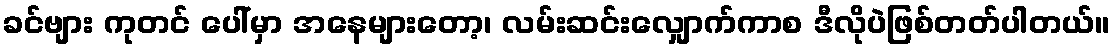
ခင်ဗျား ကုတင် ပေါ်မှာ အနေများတော့၊ လမ်းဆင်းလျှောက်ကာစ ဒီလိုပဲဖြစ်တတ်ပါတယ်။